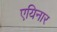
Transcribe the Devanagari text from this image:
एयिनार